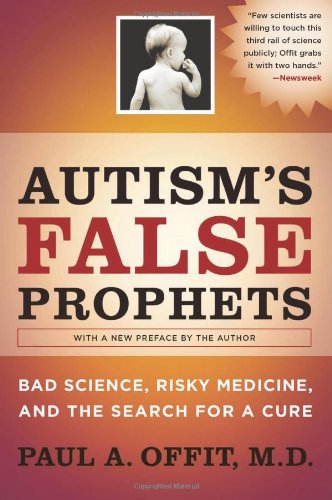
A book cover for Autism's False Prophets: Bad Science, Risky Medicine, and the Search for a Cure; Paul A. Offit; Medical Books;